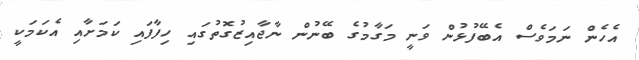
އެހެން ނަމަވެސް އެބޭފުޅުން ވަނީ މަގާމުގެ ބޭނުން ނާޖާއިޒުގޮތުގައި ހިފާފައި ކަމަށާއި އެކަމަކީ